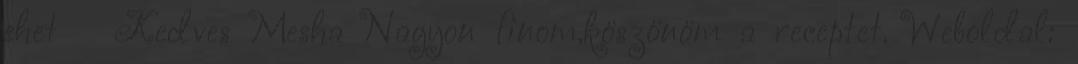
ehet 🙂 Kedves Mesha Nagyon finom,köszönöm a receptet. Weboldal: